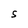
Character: S